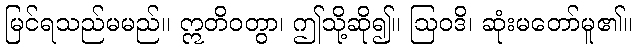
မြင်ရသည်မမည်။ ဣတိဝတွာ၊ ဤသို့ဆို၍။ ဩဝဒိ၊ ဆုံးမတော်မူ၏။